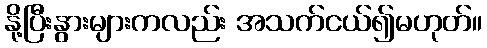
နို့ပြီးနွားများကလည်း အသက်ငယ်၍မဟုတ်။